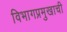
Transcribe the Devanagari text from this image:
विभागप्रमुखाची